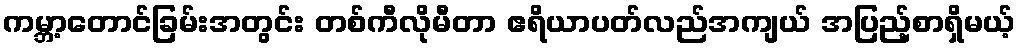
ကမ္ဘာ့တောင်ခြမ်းအတွင်း တစ်ကီလိုမီတာ ဧရိယာပတ်လည်အကျယ် အပြည့်စာရှိမယ့်